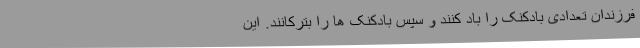
فرزندان تعدادی بادکنک را باد کنند و سپس بادکنک ها را بترکانند. این